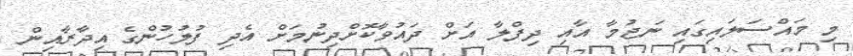
މި މައްސަލައިގައި ނަޖުމާ އާއި ދިފްލާ އަށް ދައުވާކޮށްދިނުމަށް އެދި ފުލުހުންގެ އިދާރާއިން